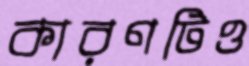
কারণটিও